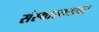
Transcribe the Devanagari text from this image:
संस्थास्तरावर